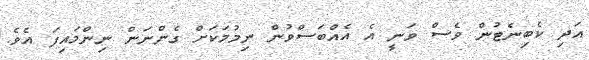
އަދި ކެބިނެޓުން ވެސް ވަނީ އެ އެއްބަސްވުން ނިމުމަކަށް ގެންނަން ނިންމައިފަ އެވެ.